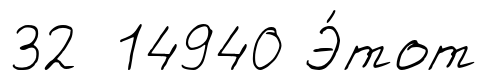
32 14940 Э́тот